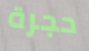
حجرة